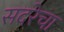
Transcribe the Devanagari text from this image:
सदरेचा